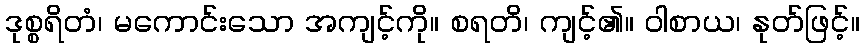
ဒုစ္စရိတံ၊ မကောင်းသော အကျင့်ကို။ စရတိ၊ ကျင့်၏။ ဝါစာယ၊ နုတ်ဖြင့်။